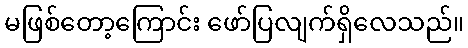
မဖြစ်တော့ကြောင်း ဖော်ပြလျက်ရှိလေသည်။